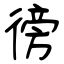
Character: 徬